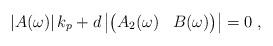
LaTeX: \begin{align*} \left|A(\omega)\right| k_p + d \left| \begin{pmatrix} A_2(\omega) & B(\omega) \end{pmatrix} \right| = 0 \;,\end{align*}